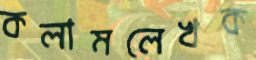
কলামলেখক